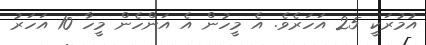
އުުމުރަކީ 25 އަހަރެވެ. އެ މީހުން އެ އަންހެން މީހާ 10 އަހަރު